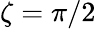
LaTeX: \zeta=\pi/2